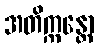
အတိက္ကန္တော